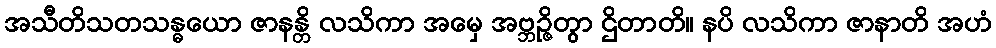
အသီတိသတသန္ဓယော ဇာနန္တိ လသိကာ အမှေ အဗ္ဘဉ္ဇိတွာ ဌိတာတိ။ နပိ လသိကာ ဇာနာတိ အဟံ